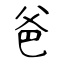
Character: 爸